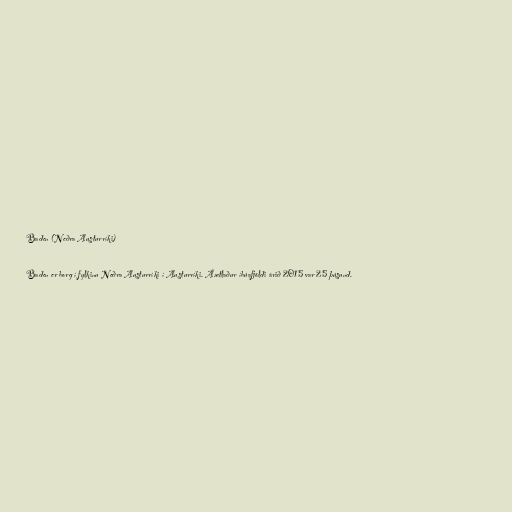
Baden (Neðra Austurríki)

Baden er borg í fylkinu Neðra Austurríki í Austurríki. Áætlaður íbúafjöldi árið 2015 var 25 þúsund.